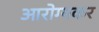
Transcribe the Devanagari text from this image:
आरोग्यकर